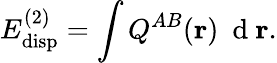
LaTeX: E_{\mathrm{disp}}^{(2)}=\int Q^{AB}(\mathbf{r})\ \mathrm{~d~}\mathbf{r}.